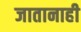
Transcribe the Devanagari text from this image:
जातानाही